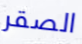
الصقر